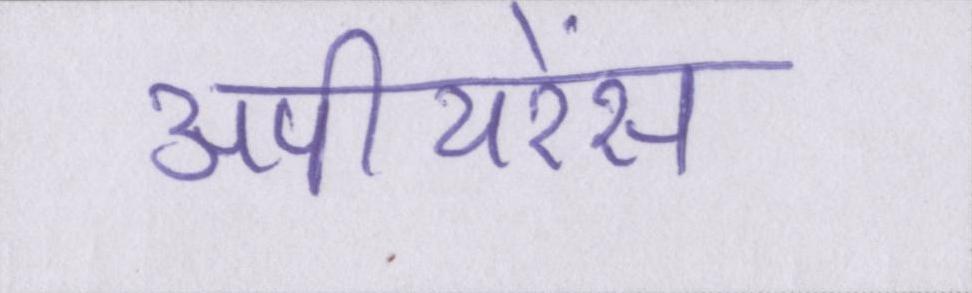
अपीयरेंस